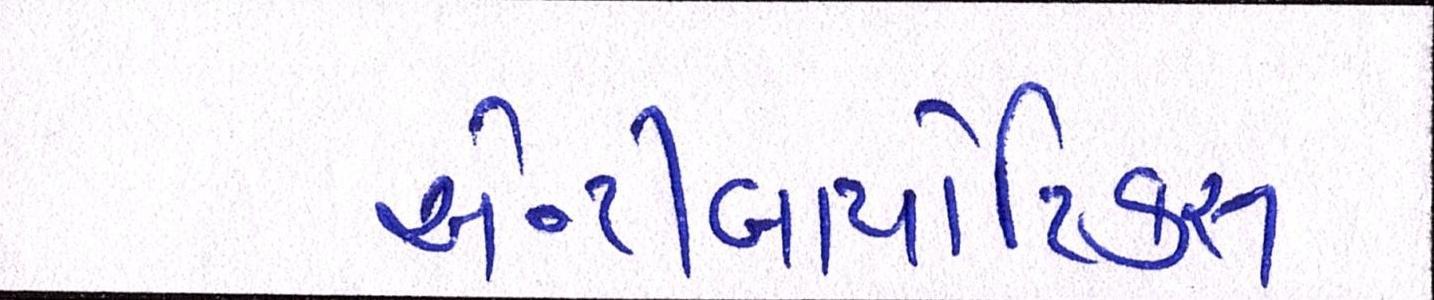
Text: એન્ટીબાયોટિકસ